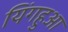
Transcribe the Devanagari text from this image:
यिंगहुआ